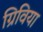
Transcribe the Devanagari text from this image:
ग्रिविया